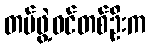
တပ်ဖွဲ့ဝင်တစ်ဦးက